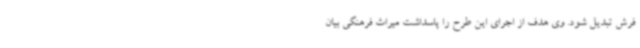
فرش تبدیل شود. وی هدف از اجرای این طرح را پاسداشت میراث فرهنگی بیان